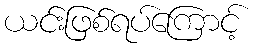
ယင်းဖြစ်ရပ်ကြောင့်